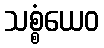
သစ္စံယေဝ